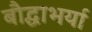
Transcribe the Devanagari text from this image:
बौद्धाभर्या